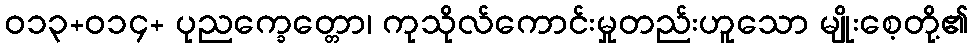
ဝ၁၃+၀၁၄+ ပုညက္ခေတ္တော၊ ကုသိုလ်ကောင်းမှုတည်းဟူသော မျိုးစေ့တို့၏